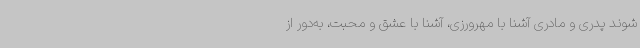
شوند پدری و مادری آشنا با مهرورزی، آشنا با عشق و محبت، به‌دور از